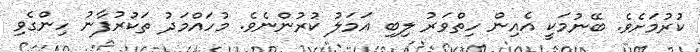
ކުރުމަށެވެ. ބޭނުމަކީ އެއިން ހިތްވަރު ލިބި އަމަލު ކުރުންނެވެ. މުހައްމަދު ތަކުރުފާނު ހިންގެވި